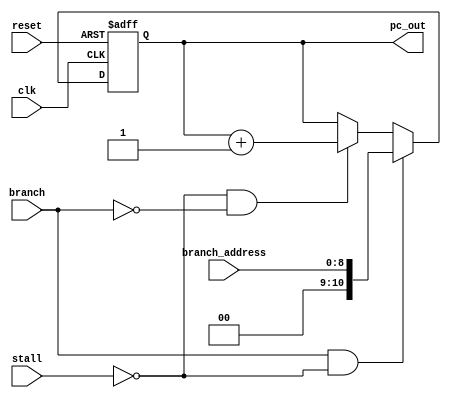
module PC(
    input [8:0] branch_address,
    input branch, stall, clk, reset,
    output reg [10:0] pc_out
);

    always @(posedge clk or posedge reset) begin
        if (reset)
            pc_out <= 0;
        else if (branch && !stall)
            pc_out <= branch_address;
        else if (!stall && !branch)
            pc_out <= pc_out + 1;
    end

endmodule